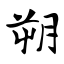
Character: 朔